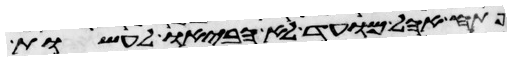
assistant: פתח אהל מועד לא הביאו לעשות